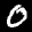
Label: 0